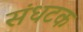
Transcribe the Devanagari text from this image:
संधटक